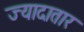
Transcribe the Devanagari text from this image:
ज्यादातार